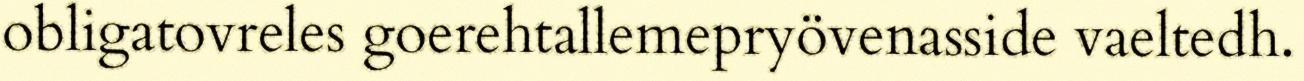
obligatovreles goerehtallemepryövenasside vaeltedh.